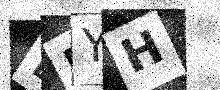
Text: LRYH